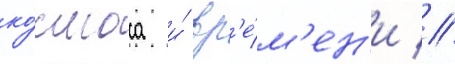
ко́смоса и́ вр'е́м'ен'и //